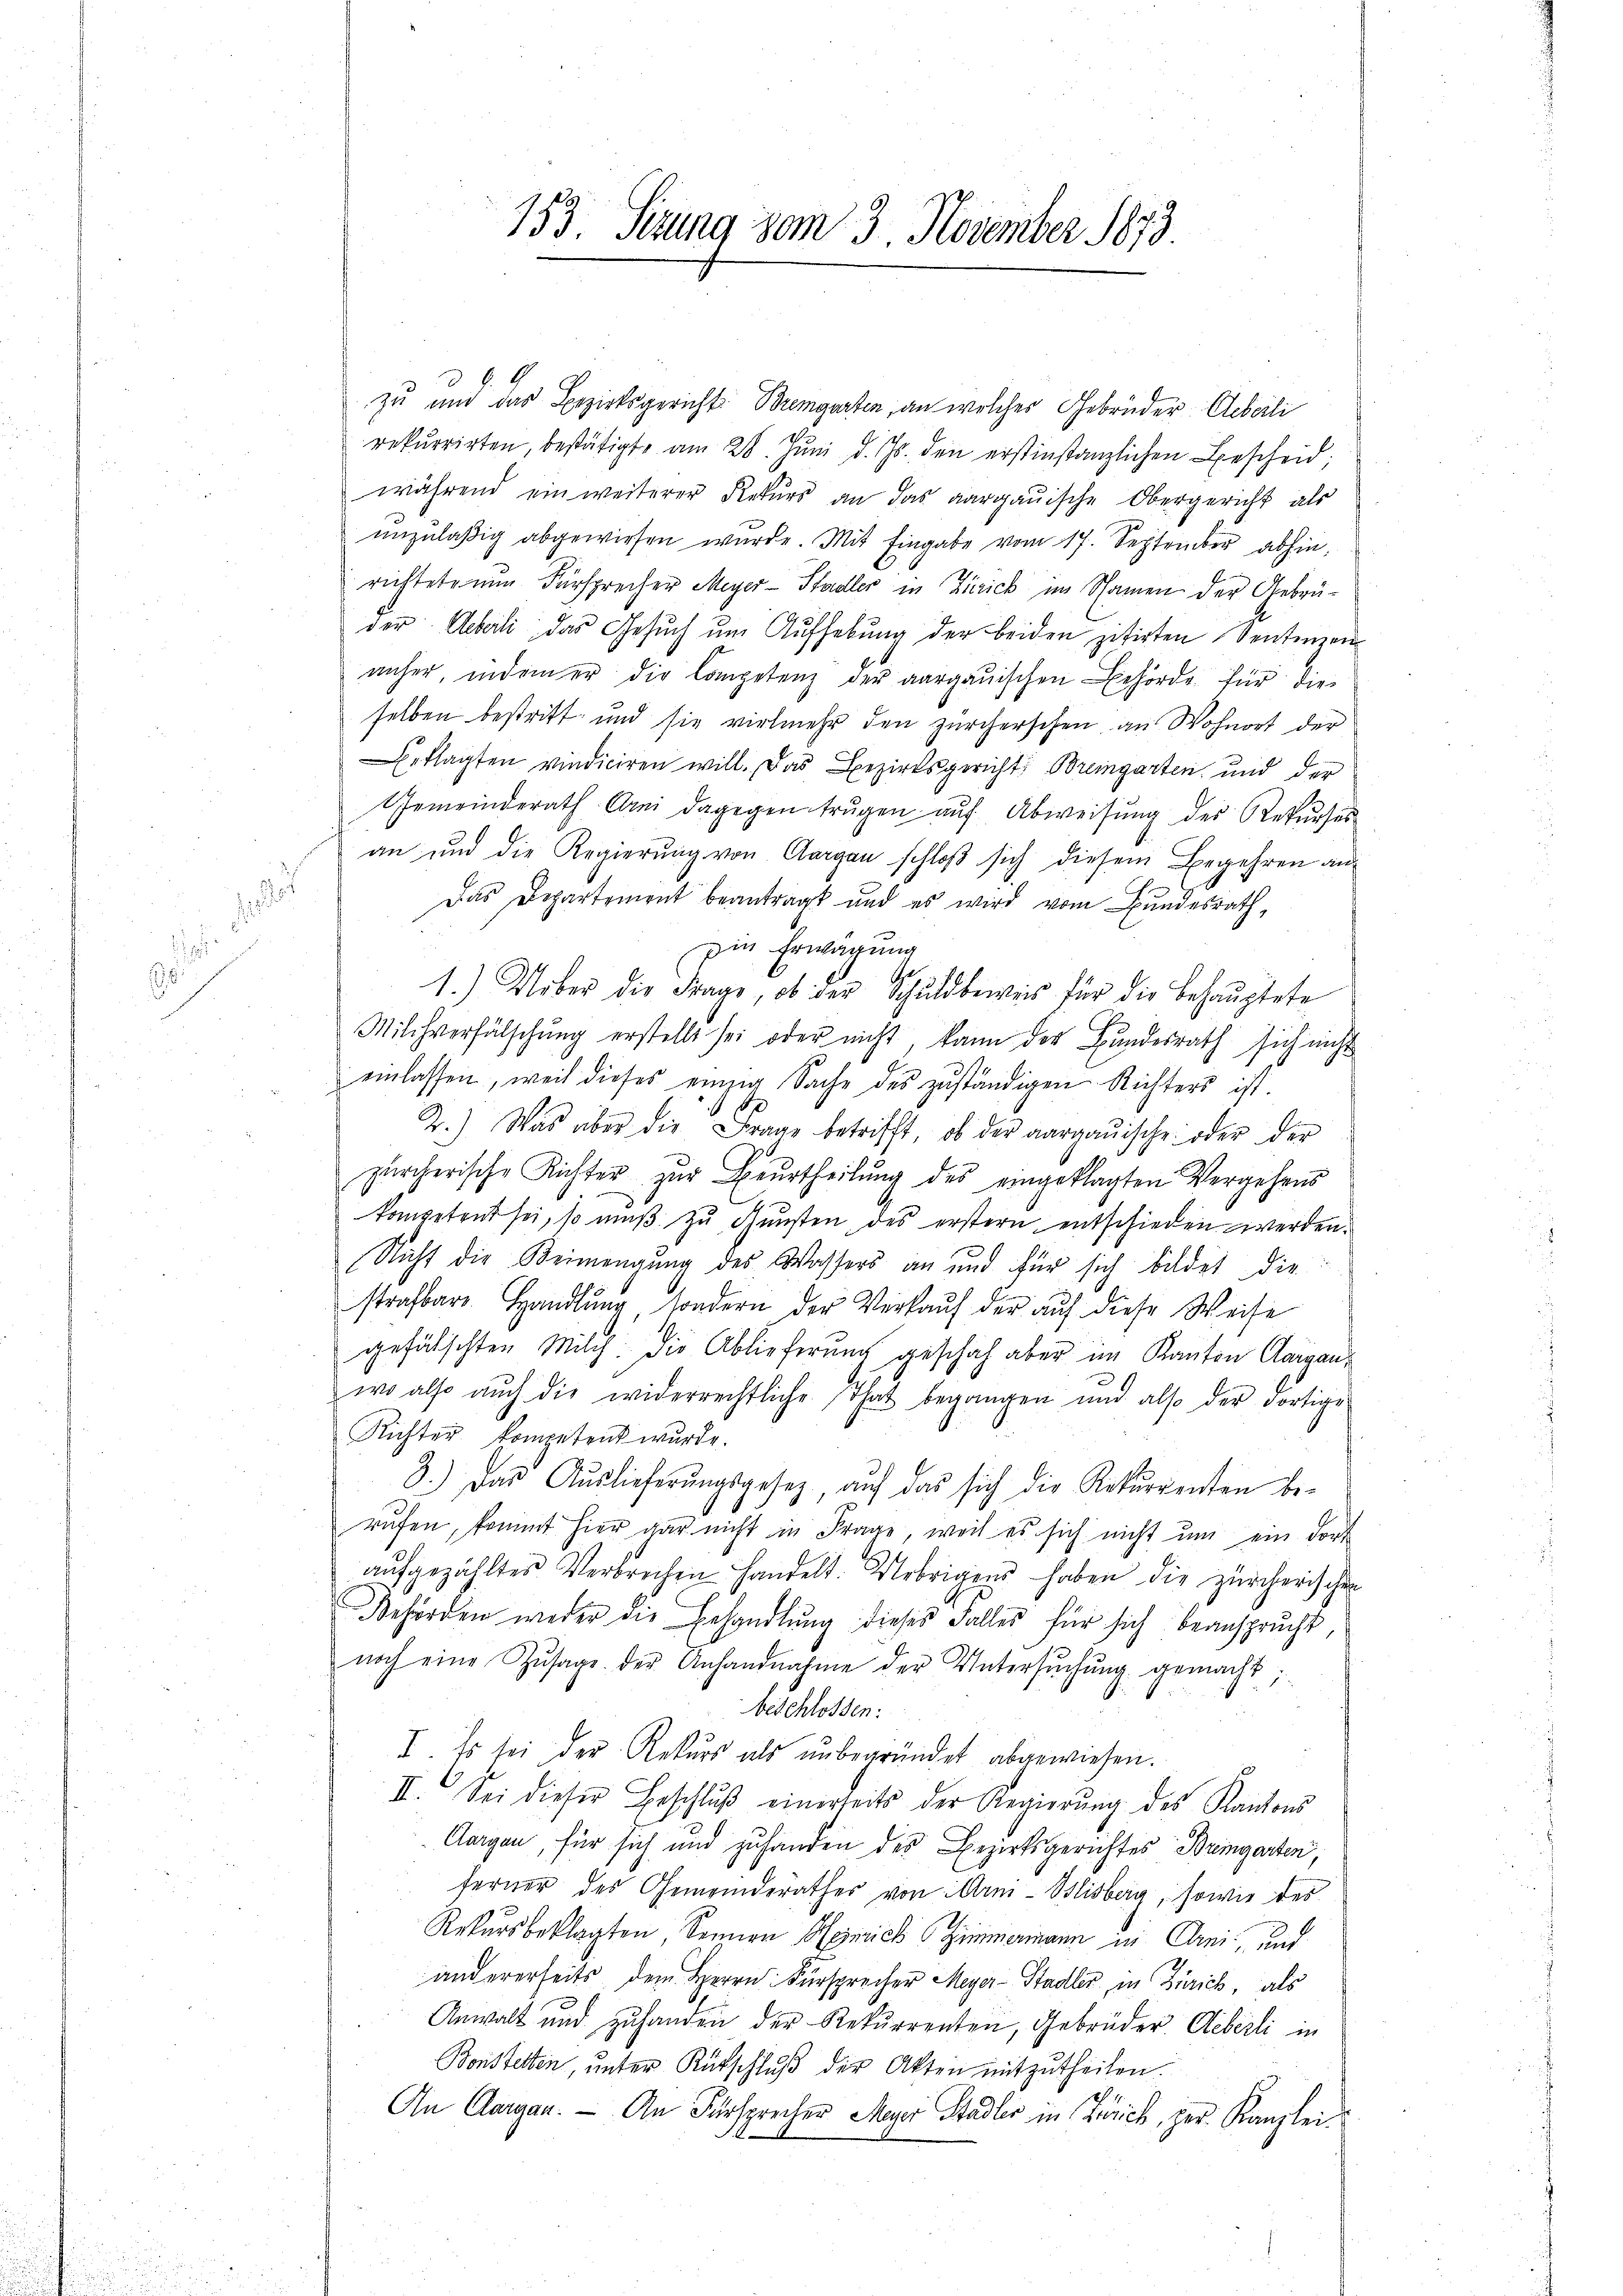
.
.

d

153. Sitzung vom 3. November 1873

zu und das Bezirksgericht Bremgarten, an welcher Gebrüder Arbeili
rekurrirten, bestätigte am 28. Jŭni d. Js. den erstinstanzlichen Bescheid;
während ein weiterer Rekurs an das aargauische Obergericht als
unzuläßig abgewiesen wurde. Mit Eingabe vom 17. September abhin,
richtete nun Fürsprecher Meyer-Stadler in Zürich im Schanen der Gebrüder Uebeli das Gesŭch ŭm Aŭfhebŭng der beiden zitirten Sentenzen
unser, indem er die Competenz der aargauischen Behörde für die
selben bestritt und sie vielmehr den zürcherschen an Wohnort der
eklagten vindiciren will. Das Bezirksgericht Bremgarten und der
Gemeinderath drei dagegen trugen aŭf Abweisŭng des Rekŭrses
an und die Regierŭng von Aargau schloß sich diesem Begehren an
Das Departement beantragt und es wird vom Bundesrath,
Die Erwägung
Ge
1.) Ueber die Frage, ob der Schuldbeweis für die Behauptete
Milchverfälschung erstellt sei oder nicht, kann der Bundesrath sich nicht
einlassen, weil dieses einzig Sache des zuständigen Richters ist.
2.) Was aber die Frage betrifft, ob der aargauische oder der
zürcherische Richter zŭr Beurtheilŭng des eingeklagten Vergehens
kompetent sei, so muß zu Gunsten des erstern entschieden werden.
Nicht die Beimengung des Wassers an und für sich bildet die
strafbare Handlŭng, sondern der Verkaŭf der auf diese Weise
gefälschten Milch. Die Ablieferung geschah aber im Kanton Aargauwo also auch die widerrechtliche That begangen und also der dortige
Richter kompetent wurde.
3.) Das Aŭslieferŭngsgesetz, aŭf das sich die Rekurrenten be-
rufen, kommt hier gar nicht in Frage, weil es sich nicht um ein dort
aŭfgezählten Verbrechen handelt. Uebrigens haben die zürcherischen
Behörden weder die Erhandlung dieses Falles für sich beansprucht
noch eine Zŭsage der Anhandnahme der Untersŭchŭng gemacht
beschlossen:
I. Es sei der Rekurs als ŭnbegründet abgewiesen.
II. Sei dieser Beschlŭβ einerseits der Regierŭng des Kantons
Aargau, für sich und zuhanden des Bezirksgerichtes Bremgarten,
ferner des Gemeinderathes von Arm-Blisberg, sowie des
Rekursbeklagten, Sennen Heinrich Zimmermann in Erni, und
andererseits dem Herrn Fürsprecher Meyer-Stadler in Zürich, als
Anwalt und zŭhanden der Rekurrenten, Gebrüder Aeberli in
Bonstetten, ŭnter Rütschlŭβ der Akten mitzŭtheilen.
An Aargau. — An Fürsprecher Meyer Stadler in Zürich, per Kanzlei¬